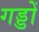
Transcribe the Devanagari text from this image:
गड्डों